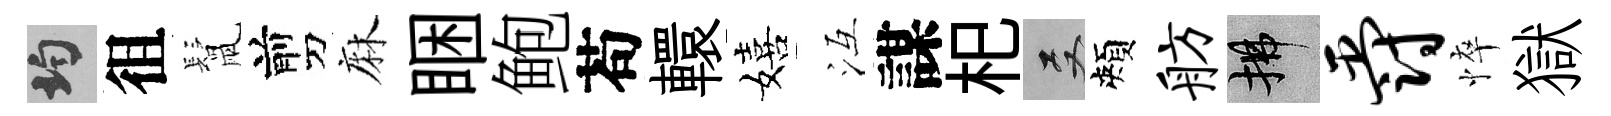
均徂鬛剪麻睏鲍苟轘嬉冱謀𣏌双頰舫拂爵悴獄